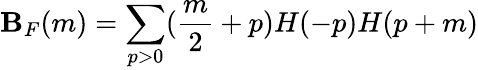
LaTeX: \mathbf{B}_{F}(m)=\sum_{p>0}(\frac{{m}}{{2}}+p)H(-p)H(p+m)